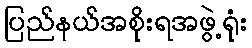
ပြည်နယ်အစိုးရအဖွဲ့ရုံး